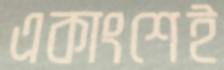
একাংশেই